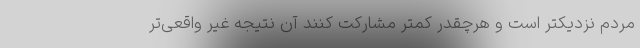
مردم نزدیکتر است و هرچقدر کمتر مشارکت کنند آن نتیجه غیر واقعی‌تر